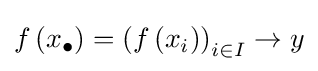
f\left(x_{\bullet }\right)=\left(f\left(x_{i}\right)\right)_{i\in I}\to y